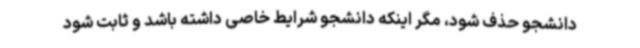
دانشجو حذف شود، مگر اینکه دانشجو شرایط خاصی داشته باشد و ثابت شود